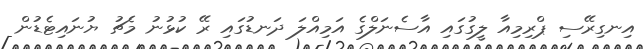
އިނގިރޭސި ޕްރިމިއާ ލީގުގައި އާސެނަލްގެ އަމިއްލަ ދަނޑުގައި ރޭ ކުޅުނު މެޗު ޔުނައިޓެޑުން